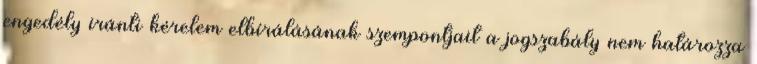
engedély iránti kérelem elbírálásának szempontjait a jogszabály nem határozza